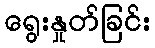
ရွေးနှုတ်ခြင်း